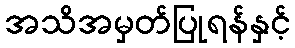
အသိအမှတ်ပြုရန်နှင့်